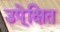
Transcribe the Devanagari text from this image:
उपे्क्षित